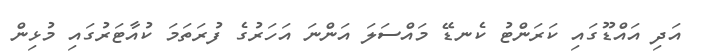
އަދި އައްޑޫގައި ކަރަންޓު ކެނޑޭ މައްސަލަ އަންނަ އަހަރުގެ ފުރަތަމަ ކުއާޓަރުގައި މުޅިން